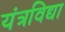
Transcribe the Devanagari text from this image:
यंत्रविद्या